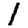
Digit: 1